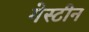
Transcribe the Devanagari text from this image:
गेस्टीन